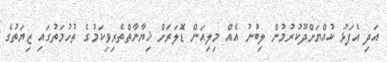
އަދި އެފަޅު ކުއްޔަށްދޫކުރުމުން ލިބުނު އެއް މިލިއަން ޑޮލަރަށް ޚިޔާނާތްތެރިވިކަމުގެ ތުހުމަތުގައި ޒިޔަތުގެ